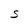
Character: S